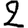
Digit: 2